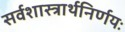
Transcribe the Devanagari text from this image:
सर्वशास्त्रार्थनिर्णयः